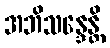
အဘိသန္ဒေန္တိ